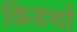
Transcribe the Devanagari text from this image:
किडशो